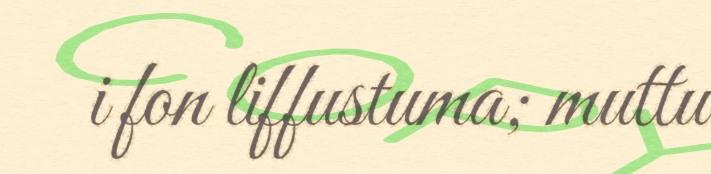
i fon liffustuma; muttu